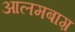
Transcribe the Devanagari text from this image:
आलमबाग़